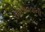
બોલાવવાની